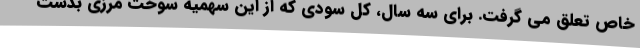
خاص تعلق می گرفت. برای سه سال، کل سودی که از این سهمیه سوخت مرزی بدست